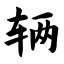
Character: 辆